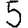
Digit: 5